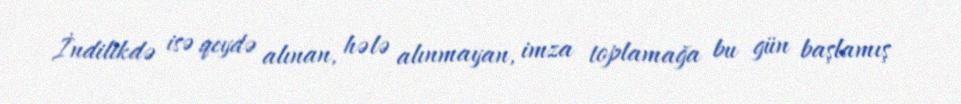
İndilikdə isə qeydə alınan, hələ alınmayan, imza toplamağa bu gün başlamış